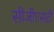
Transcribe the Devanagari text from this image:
सीजीएसटी